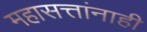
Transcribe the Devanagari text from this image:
महासत्तांनाही